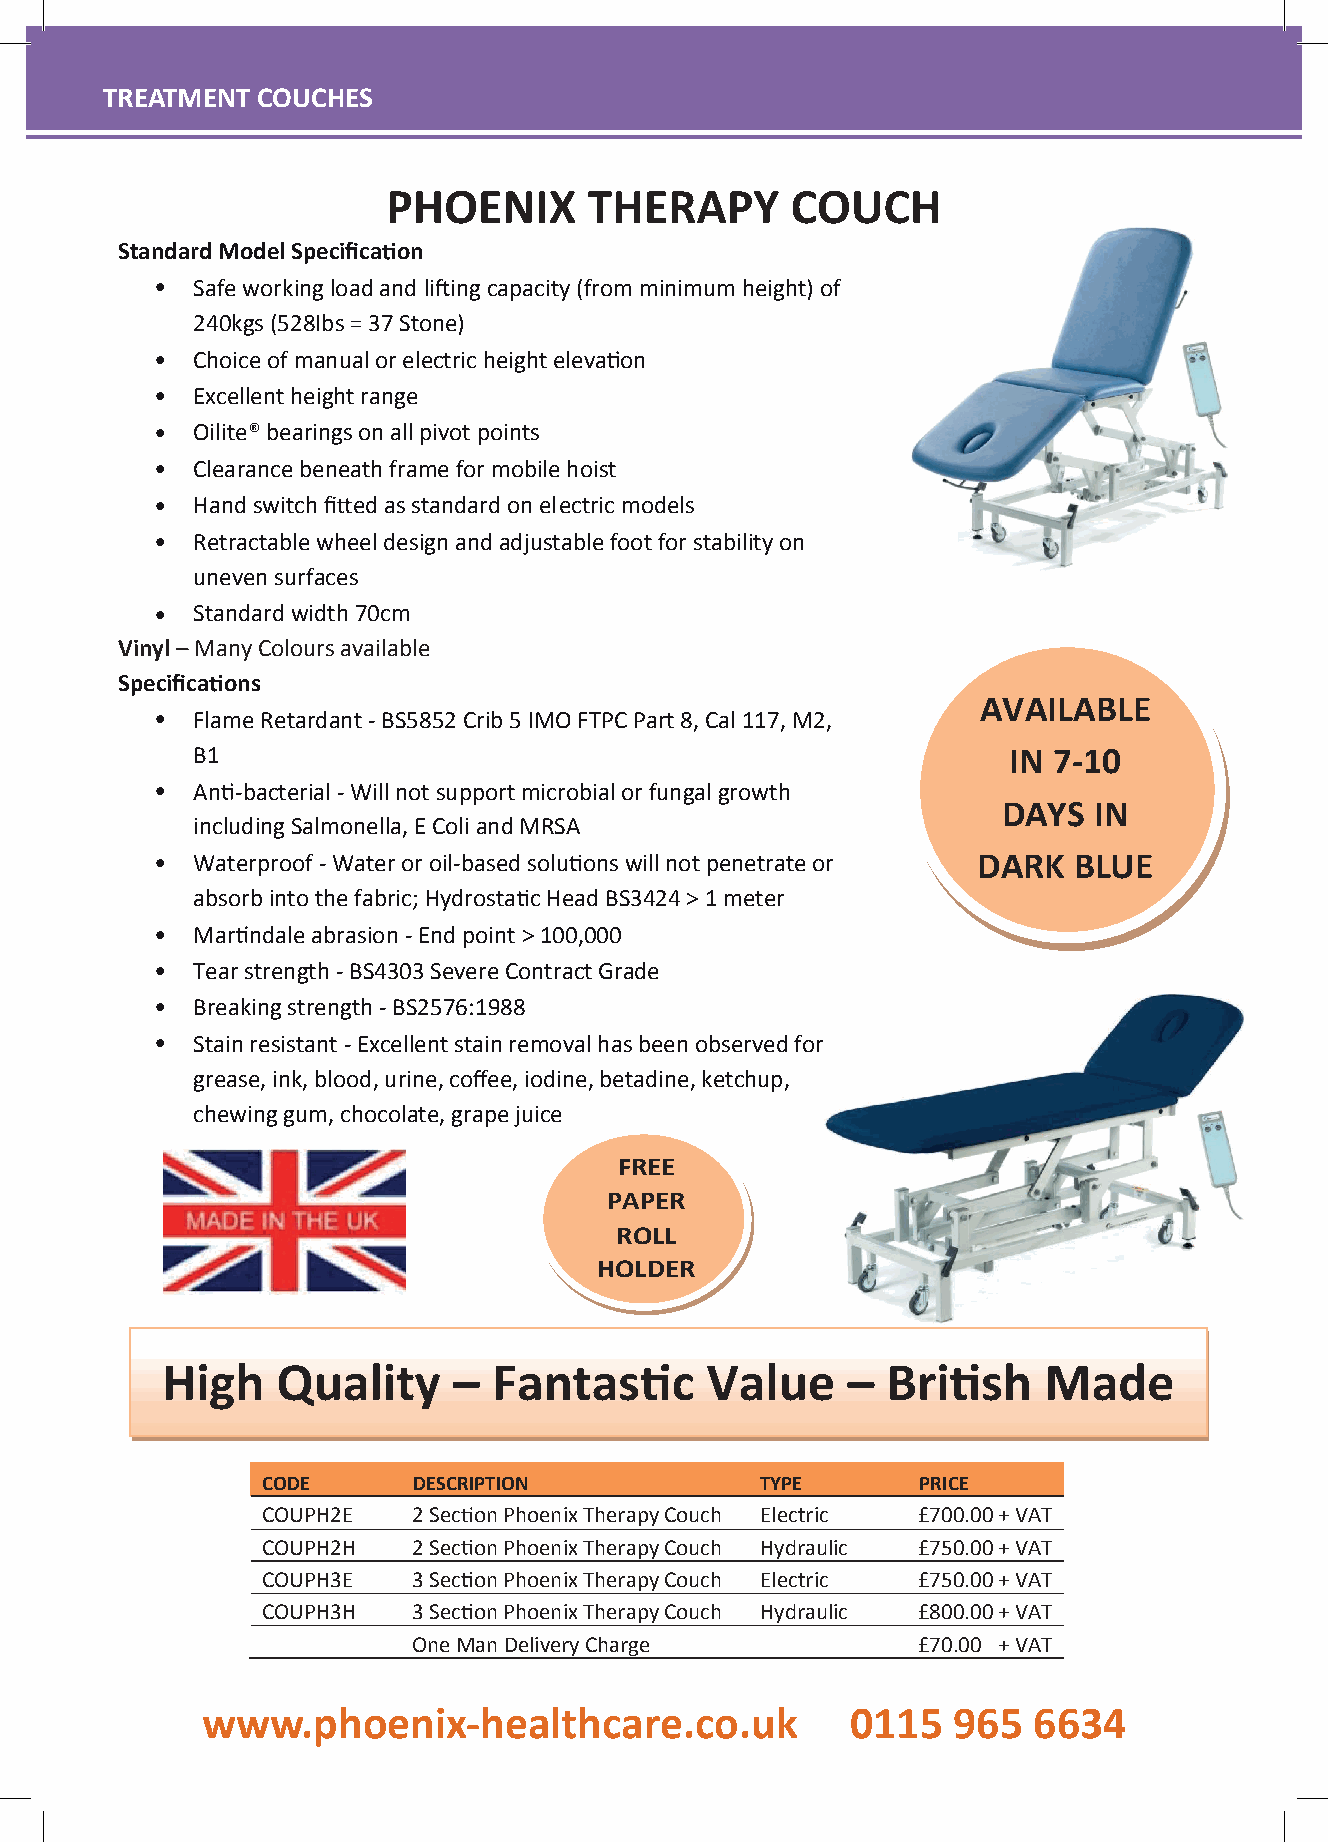
TTRREEAATTMMEENNTT CCOOUUCCHHEESS
 TREATMENT  COUCHES
 PHOENIX      THERAPY      COUCH
 StandardModelSpecifica on
 •  Safeworkingloadandli ingcapacity (fromminimumheight) of
 240kgs(528Ibs=37Stone)
 •  Choiceofmanualorelectric heighteleva on
 •  Excellentheightrange
 •  Oilite®bearings onallpivotpoints
 •  Clearancebeneathframeformobilehoist
 •  Handswitchfi edasstandardonelectric models
 •  Retractablewheeldesignandadjustablefootforstability on
 unevensurfaces
 •  Standardwidth70cm
 Vinyl–Many Coloursavailable
 Specifica ons
 AVAILABLE
 •  FlameRetardant-BS5852Crib5IMOFTPCPart8,Cal117,M2,
 B1                                                    IN 7-10
 •  An -bacterial -Willnotsupportmicrobialorfungalgrowth
 DAYS  IN
 includingSalmonella,EColiandMRSA
 •  Waterproof-Wateroroil-basedsolu onswillnot penetrateor DARK BLUE
 absorbintothefabric;Hydrosta cHeadBS3424>1meter
 •  Mar ndaleabrasion -Endpoint>100,000
 •  Tearstrength-BS4303SevereContractGrade
 •  Breakingstrength-BS2576:1988
 •  Stainresistant-Excellentstainremovalhasbeenobservedfor
 grease,ink,blood,urine,coffee,iodine,betadine,ketchup,
 chewinggum,chocolate,grapejuice
 FREE
 PAPER
 ROLL
 HOLDER
 High   Quality     –  Fantas        Value    –  Bri   sh  Made
 CODE      DESCRIPTION            TYPE       PRICE
 COUPH2E   2 Sec onPhoenixTherapyCouch Electric £700.00+VAT
 COUPH2H   2 Sec onPhoenixTherapyCouch Hydraulic £750.00+VAT
 COUPH3E   3 Sec onPhoenixTherapyCouch Electric £750.00+VAT
 COUPH3H   3 Sec onPhoenixTherapyCouch Hydraulic £800.00+VAT
 One ManDelivery Charge            £70.00 + VAT
 wwwwww..pphhooeenniixx--hheeaalltthhccaarree..ccoo..uukk 00111155 996655 66663344
 www.phoenix-healthcare.co.uk                 0115  965   6634